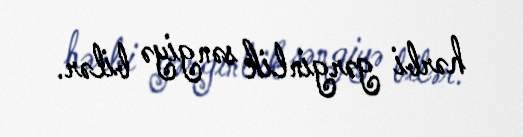
hərbi gərginlik səngiyə bilər.